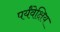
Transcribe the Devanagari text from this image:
पर्यंवेक्षिय